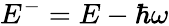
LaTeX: E^{-}=E-\hbar\omega